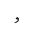
Letter: _waw